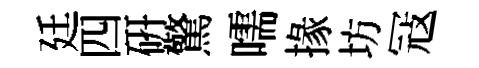
廷四研驚嚅掾坊冦